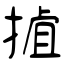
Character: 摣